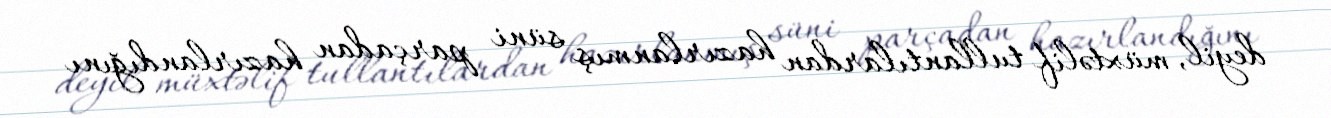
deyil, müxtəlif tullantılardan hazırlanmış süni parçadan hazırlandığını